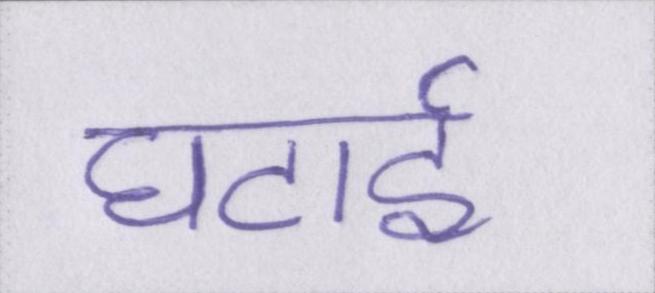
घटाई